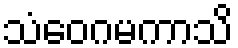
သံဝေဂမကာသိ